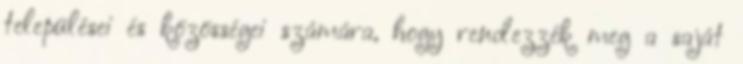
települései és közösségei számára, hogy rendezzék meg a saját